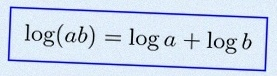
\log(ab)=\log a+\log b